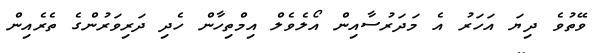
ވޭތުވެ ދިޔަ އަހަރު އެ މަަދަރުސާއިން އޯލެވެލް އިމްތިހާން ހެދި ދަރިވަރުންގެ ތެރެއިން